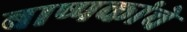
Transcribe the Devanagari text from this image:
बाष्पकांचे